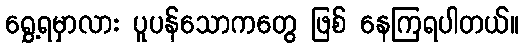
ရွှေ့ရမှာလား ပူပန်သောကတွေ ဖြစ် နေကြရပါတယ်။